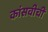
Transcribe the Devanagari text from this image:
कांसवीची